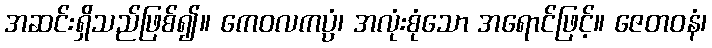
အဆင်းရှိသည်ဖြစ်၍။ ကေဝလကပ္ပံ၊ အလုံးစုံသော အရောင်ဖြင့်။ ဇေတဝနံ၊